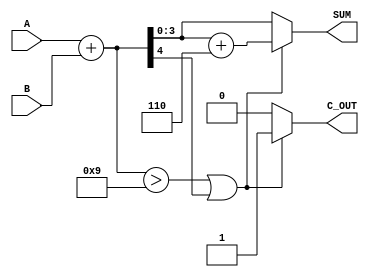
module BCD_Combinational_Adder (
    input [3:0] A,       // First BCD digit (0-9)
    input [3:0] B,       // Second BCD digit (0-9)
    output reg [3:0] SUM, // Resultant BCD digit (0-9)
    output reg C_OUT      // Carry-out signal
);
    
    // Internal signals for binary sum and correction
    wire [4:0] binary_sum;
    wire correction_needed;

    // Step 1: Binary addition of the two BCD inputs
    assign binary_sum = A + B;

    // Step 2: Check if correction is needed
    assign correction_needed = (binary_sum > 9) || (binary_sum[4]); // If sum > 9 or carry out from 4-bit addition

    // Step 3: Combinational logic to produce BCD output and carry out
    always @(*) begin
        if (correction_needed) begin
            SUM = binary_sum + 5'b00110; // Add 6 for correction
            C_OUT = 1'b1;                // Set carry out
        end else begin
            SUM = binary_sum[3:0];       // If no correction is needed, use lower 4 bits
            C_OUT = 1'b0;                // No carry out
        end
    end
    
endmodule